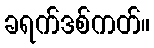
ခရက်ဒစ်ကတ်။